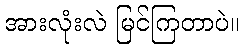
အားလုံးလဲ မြင်ကြတာပဲ။